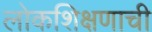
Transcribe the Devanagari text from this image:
लोकशिक्षणाची